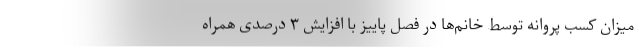
میزان کسب پروانه توسط خانم‌ها در فصل پاییز با افزایش ۳ درصدی همراه